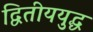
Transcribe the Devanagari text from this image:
द्वितीययुद्ध